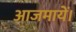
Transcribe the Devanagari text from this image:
आजमायें।